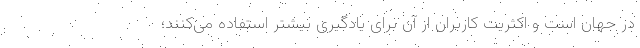
در جهان است و اکثریت کاربران از آن برای یادگیری بیشتر استفاده می‌کنند؛